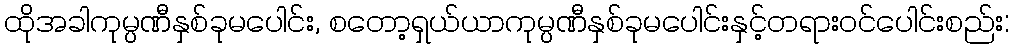
ထိုအခါကုမ္ပဏီနှစ်ခုမပေါင်း, စတော့ရှယ်ယာကုမ္ပဏီနှစ်ခုမပေါင်းနှင့်တရားဝင်ပေါင်းစည်း: